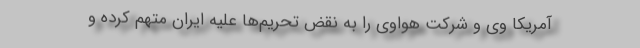
آمریکا وی و شرکت هواوی را به نقض تحریم‌ها علیه ایران متهم کرده و